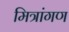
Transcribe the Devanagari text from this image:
मित्रांगण